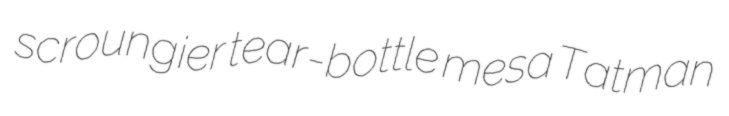
scroungier tear-bottle mesa Tatman